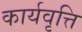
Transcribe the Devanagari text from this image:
कार्यवृत्ति